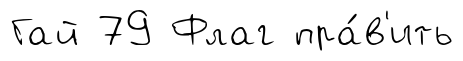
Гай 79 Флаг пра́в'ить